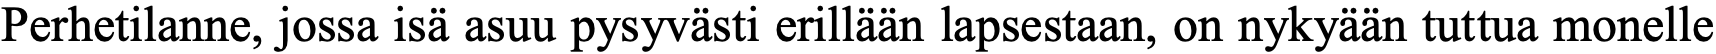
Perhetilanne, jossa isä asuu pysyvästi erillään lapsestaan, on nykyään tuttua monelle